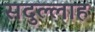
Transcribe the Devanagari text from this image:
सदुल्‍लाह